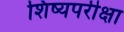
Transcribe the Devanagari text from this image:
शिष्यपरीक्षा